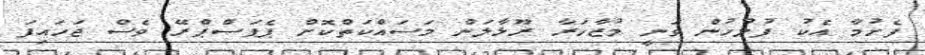
ފެށުމާ އެކު ފުލުހުން ވަނީ މުޒާހަރާ ރޫޅާލަން މަސައްކަތްކޮށް ޕެޕަސްޕްރޭ ވެސް ޖަހައިފަ